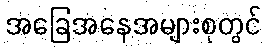
အခြေအနေအများစုတွင်